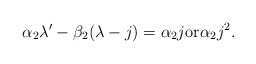
\begin{align*}\alpha_2\lambda'-\beta_2(\lambda-j)=\alpha_2j {\mbox{\rm or}} \alpha_2j^2.\end{align*}